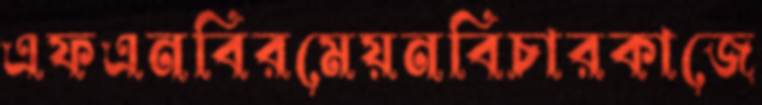
এফএনবিরমেয়নবিচারকাজে